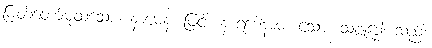
မြတ်တော်မူထသော။ နာမေန၊ ဖြင့်။ နာရဒေါနာမ၊ သော။ သဗ္ဗုဒ္ဓေါ၊ သည်။